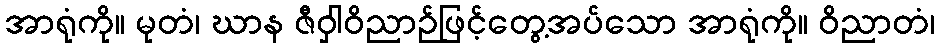
အာရုံကို။ မုတံ၊ ဃာန ဇီဝှါဝိညာဉ်ဖြင့်တွေ့အပ်သော အာရုံကို။ ဝိညာတံ၊